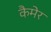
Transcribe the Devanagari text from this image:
कैमेर